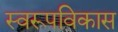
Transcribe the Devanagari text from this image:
स्वरूपविकास